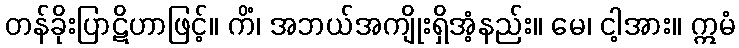
တန်ခိုးပြာဋိဟာဖြင့်။ ကိံ၊ အဘယ်အကျိုးရှိအံ့နည်း။ မေ၊ ငါ့အား။ ဣမံ